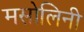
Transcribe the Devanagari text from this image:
मसोलिनी